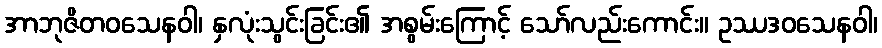
အာဘုဇိတဝသေနဝါ၊ နှလုံးသွင်းခြင်း၏ အစွမ်းကြောင့် သော်လည်းကောင်း။ ဥဿဒဝသေနဝါ၊